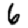
Digit: 6